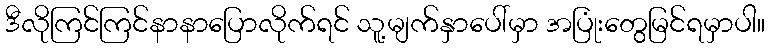
ဒီလိုကြင်ကြင်နာနာပြောလိုက်ရင် သူ့မျက်နှာပေါ်မှာ အပြုံးတွေမြင်ရမှာပါ။